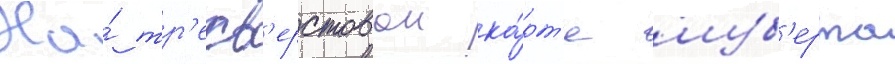
На́ тр'ехв'ерстовои ка́рт'е шуб'ерта